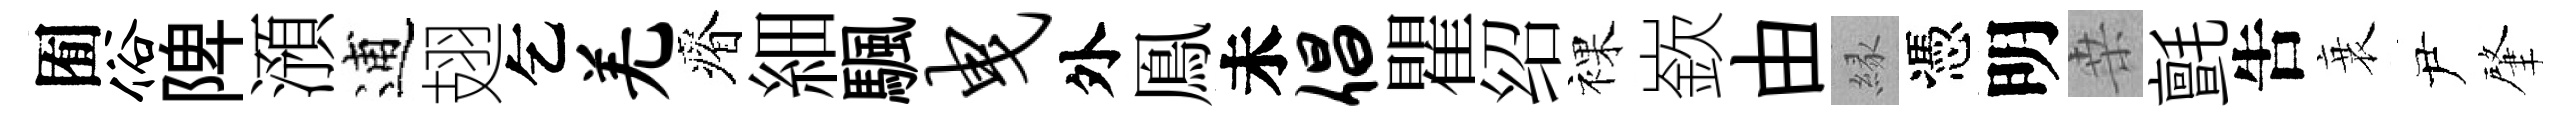
囿俗陴澦逋翅乞羌瘠細颿曳外鳯未倡瞿绍裸嶔由縁憑明桒氈吿衰尹肇